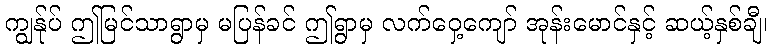
ကျွန်ုပ် ဤမြင်သာရွာမှ မပြန်ခင် ဤရွာမှ လက်ဝှေ့ကျော် အုန်းမောင်နှင့် ဆယ့်နှစ်ချီ၊